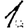
Digit: 1